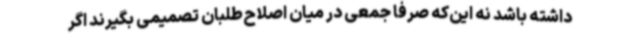
داشته باشد نه این‌که صرفا جمعی در میان اصلاح‌طلبان تصمیمی بگیرند اگر